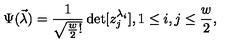
\Psi ( \vec { \lambda } ) = \frac { 1 } { \sqrt { \frac { w } { 2 } ! } } \det [ z _ { j } ^ { \lambda _ { i } } ] , 1 \leq i , j \leq \frac { w } { 2 } ,